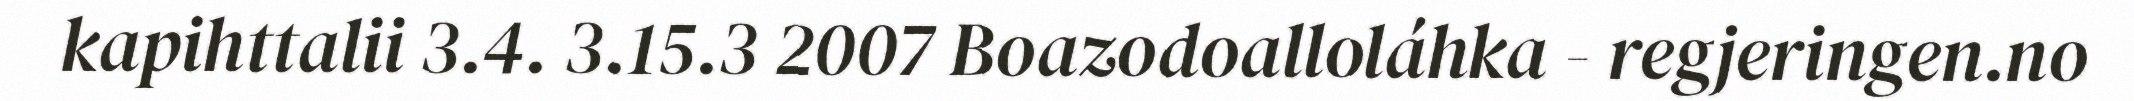
kapihttalii 3.4. 3.15.3 2007 Boazodoalloláhka - regjeringen.no